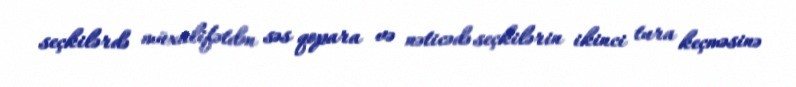
seçkilərdə müxalifətdən səs qopara və nəticədə seçkilərin ikinci tura keçməsinə